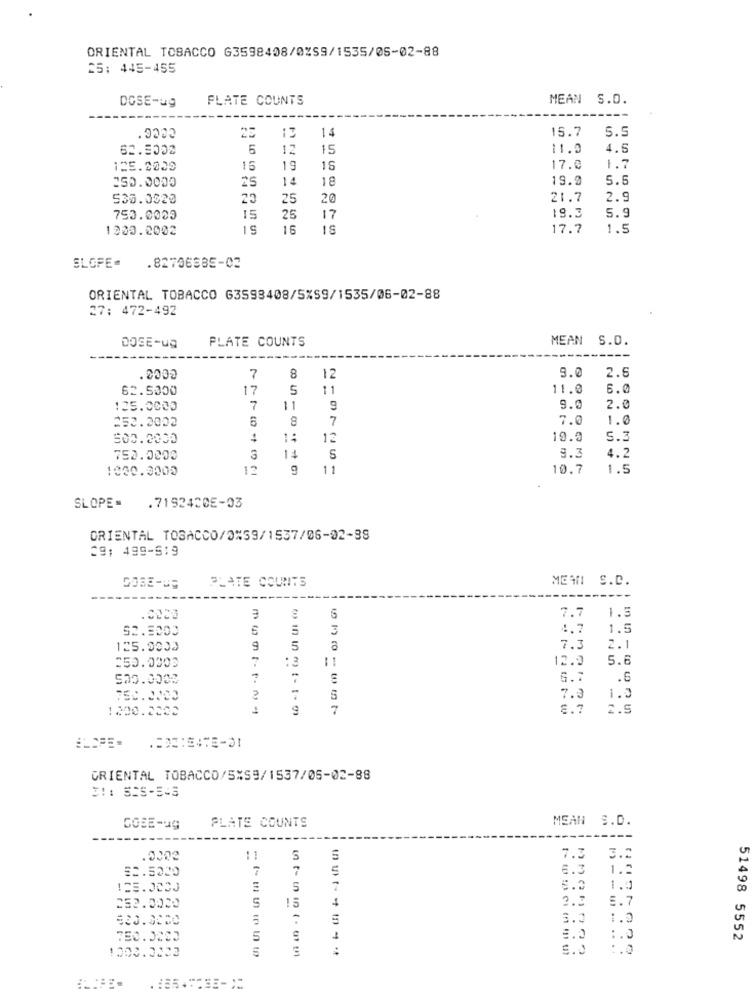
ORIENTAL TOBACCO G3598408/0%59/1535/05-02-88
25: 445-455
DOSE-ug
PLATE COUNTS
MEAN S.O.
.0003
13
14
15.7
5.5
62.5002
5
12
15
11.0
4.5
125.0009
15
19
15
17.0
1.7
25
14
18
19.2
5.5
535.0020
23
25
20
21.7
2.9
19.3
5.9
750.0009
15
25
17
1303.2002
16
1S
17.7
1.5
SLOPE-
.82706885-02
ORIENTAL TOBACCO 63598408/5%59/1535/06-02-88
27: 472-492
PLATE COUNTS
MEAN S.D.
DOSE-ug
9.0
.0002
7
8
12
2.5
62.5000
17
5
11
11.0
6.0
125.0003
7
11
9
9.0
2.0
253.2002
6
8
7
7.0
1.0
200.0000
1:
12
19.9
5.3
750.0000
3
5
9.3
4.2
1000.3000
12
9
11
10.7
1.5
SLOPE= . 7192420E-03
ORIENTAL TOBACCO/0%59/1537/06-02-38
29: 499-519
PLATE COUNTS
MEAN! S.C.
7.7
1.3
92.9000
5
3
4.7
1.5
125.9003
9
5
7.3
2.1
=50.0300
:3
12.9
5.6
520.0002
6.7
.6
7.3
1.3
1200.2000
8.7
2.5
ELOPE-
ORIENTAL TOBACCO/5%59/1537/05-02-88
PLATE COUNTS
MEAN S.D.
GOBE-ug
5
5
7.3
3.2
80.5020
7
7
6.3
1.2
125.0000
5
5.0
1.4
15
2.3
5.7
252.0000
4
$20.0820
3.3
1.0
750.0003
5
1
:. 0
51498 5552
..
S.